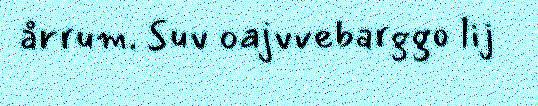
årrum. Suv oajvvebarggo lij